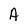
Character: A